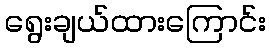
ရွေးချယ်ထားကြောင်း